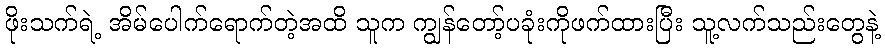
ဖိုးသက်ရဲ့ အိမ်ပေါက်ရောက်တဲ့အထိ သူက ကျွန်တော့်ပခုံးကိုဖက်ထားပြီး သူ့လက်သည်းတွေနဲ့